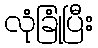
လုံခြုံပြီး